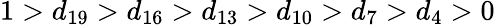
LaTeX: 1>d_{19}>d_{16}>d_{13}>d_{10}>d_{7}>d_{4}>0